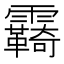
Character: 𩆺